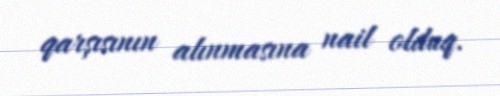
qarşısının alınmasına nail olduq.